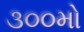
૩૦૦મો